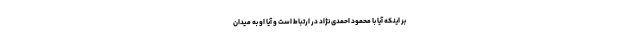
بر اینکه آیا با محمود احمدی نژاد در ارتباط است و آیا او به میدان